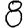
Digit: 8